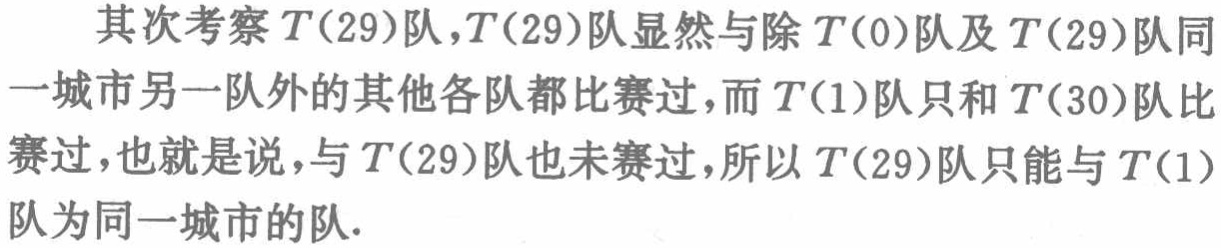
其次考察\(T(29)\)队，\(T(29)\)队显然与除\(T(0)\)队及\(T(29)\)队同一城市另一队外的其他各队都比赛过，而\(T(1)\)队只和\(T(30)\)队比赛过，也就是说，与\(T(29)\)队也未赛过，所以\(T(29)\)队只能与\(T(1)\)队为同一城市的队。